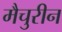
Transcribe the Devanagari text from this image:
मैचुरीन